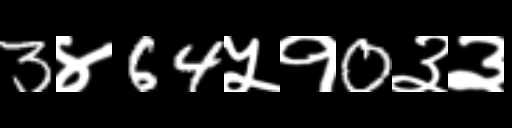
Text: 3४64५१0३३